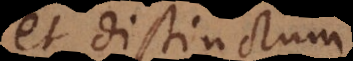
et distinctum